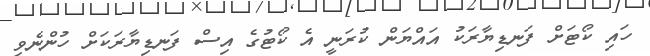
ހައި ކޯޓަށް ފަނޑިޔާރަކު އައްޔަން ކުރަނީ އެ ކޯޓުގެ އިސް ފަނޑިޔާރަކަށް ހުންނެވި